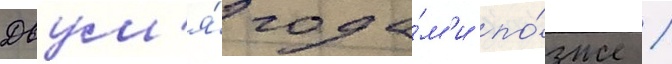
Двум'я́ года́м'и по́зже /